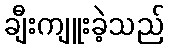
ချီးကျူးခဲ့သည်